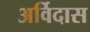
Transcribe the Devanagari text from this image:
अर्विदास